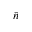
\bar { n }